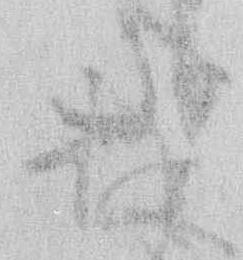
存